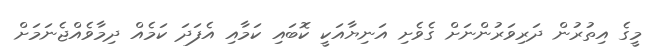
މީގެ އިތުރުން ދަރިވަރުންނަށް ގެވެށި އަނިޔާއަކީ ކޮބައި ކަމާއި އެފަދަ ކަމެއް ދިމާވެއްޖެނަމަށް